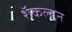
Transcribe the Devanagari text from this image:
शॅकल्टन